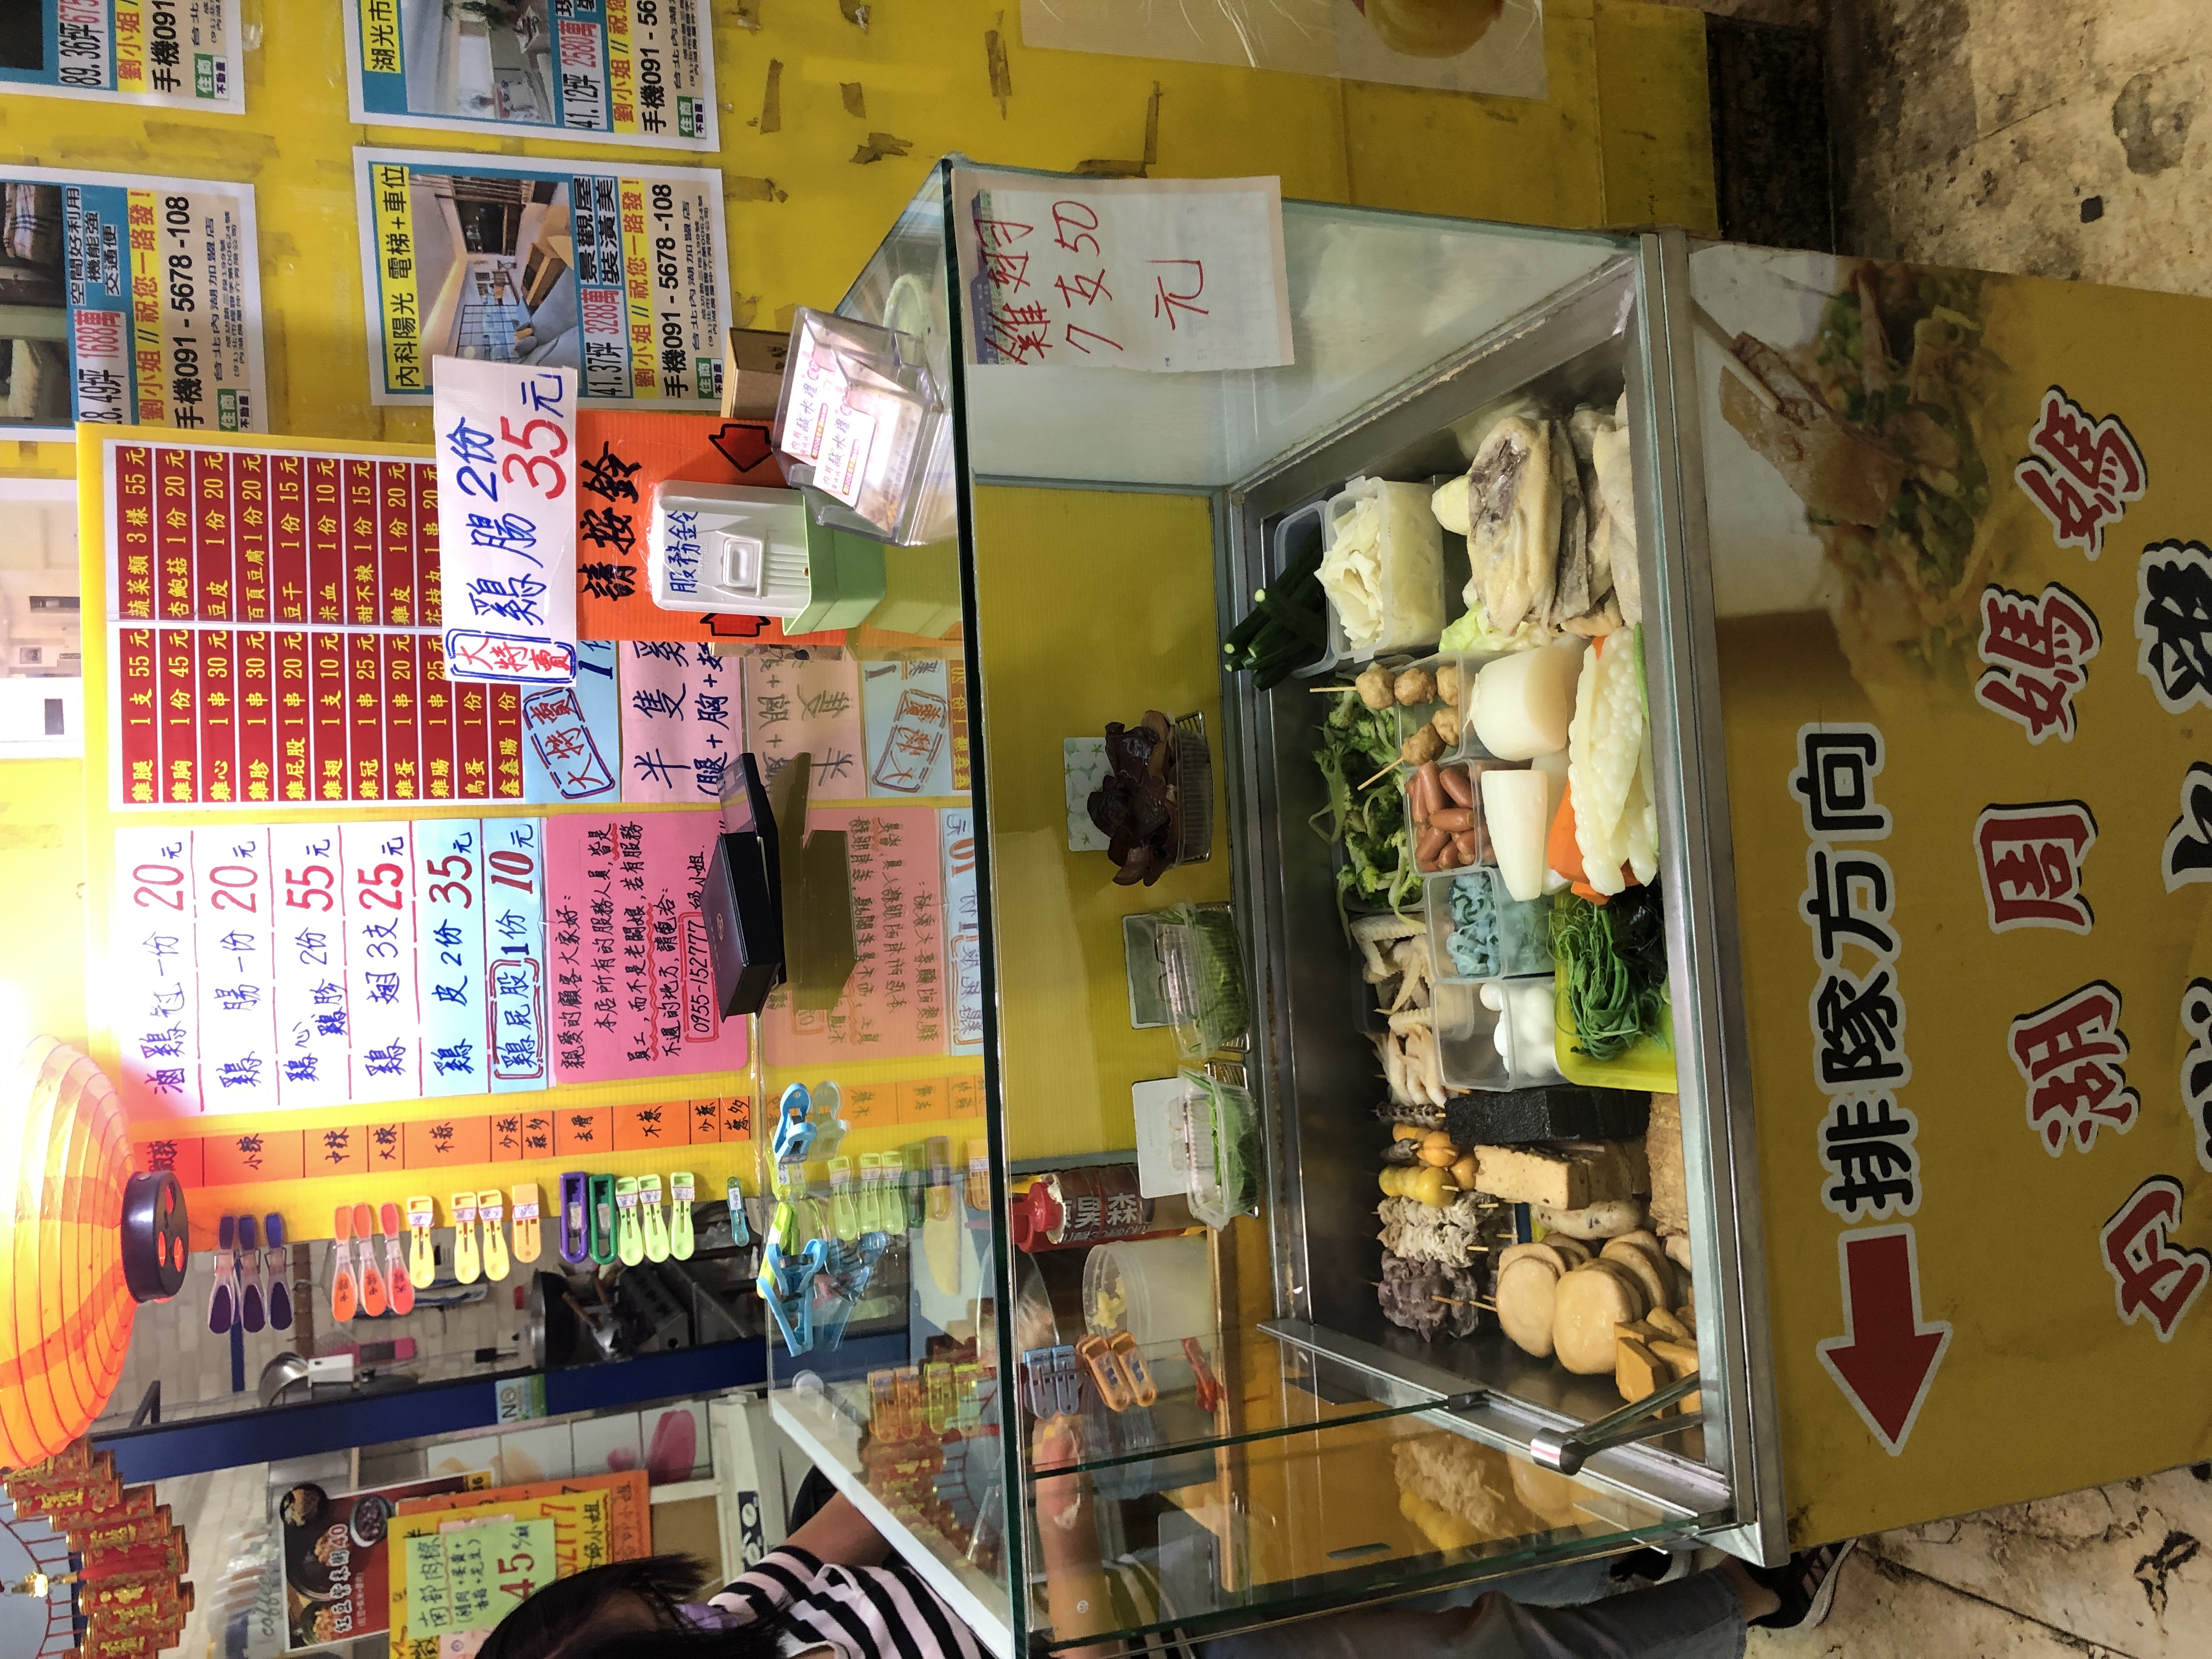
菜單：
name: 鴨腸 (1支)
price: 55元
name: 杏鮑菇 (1份)
price: 45元
name: 豆皮 (1串)
price: 30元
name: 百頁豆腐 (1串)
price: 30元
name: 豆干 (1串)
price: 20元
name: 米血 (1支)
price: 10元
name: 甜不辣 (1串)
price: 25元
name: 雞皮 (1串)
price: 20元
name: 雞蛋 (1串)
price: 20元
name: 鴨腸 (1串)
price: 25元
name: 鳥蛋 (1份)
price: 10元
name: 金金腸 (1份)
price: 10元
name: 滷鴨翅 (1份)
price: 20元
name: 鴨腸 (1份)
price: 20元
name: 鴨心 (2份)
price: 55元
name: 鴨翅 (3支)
price: 25元
name: 鴨及 (2份)
price: 35元
name: 鴨屁股 (1份)
price: 10元
name: 雜對子 (7支)
price: 50元